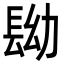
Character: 𨱧